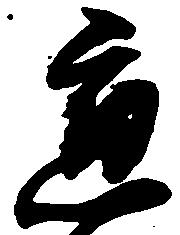
応